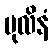
ပုလိနံ